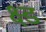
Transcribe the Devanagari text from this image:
क्ष्ड